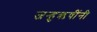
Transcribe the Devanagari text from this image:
जन्हुऋषींनी